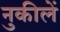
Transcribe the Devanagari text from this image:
नुकीलें